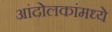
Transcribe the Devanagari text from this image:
आंदोलकांमध्ये